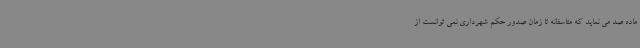
ماده صد می نماید که متاسفانه تا زمان صدور حکم شهرداری نمی توانست از